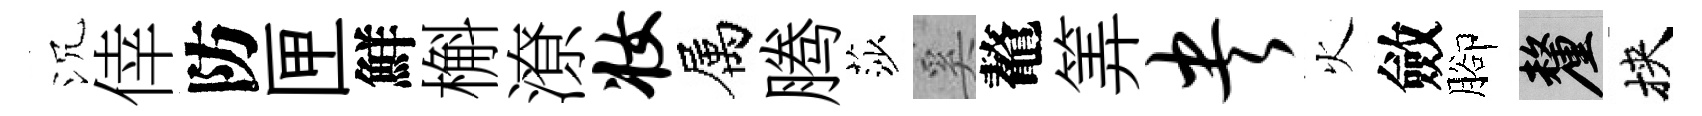
沉倖防匣鮮槲潦妆属腾莎奚鼇筭央火斂腳厘挾